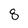
Character: 8